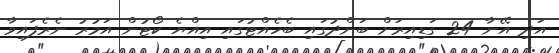
އަދި އޭނާ 24 ގަޑިއިރަށް ބަންދުގައި ބެހެއްޓުގައި އިއްޔެ ކޯޓުން އަމުރު ނެރެފައިވާ